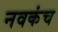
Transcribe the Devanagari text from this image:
नवकंच